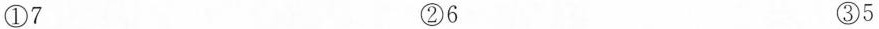
①7 ②6 ③5